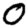
Digit: 0